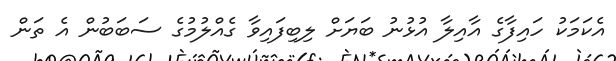
އެކަމަކު ހައިފާގެ އާއިލާ އުޅުނު ބަޔަށް ލިބިފައިވާ ގެއްލުމުގެ ސަބަބުން އެ ތަން